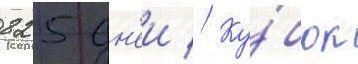
825 дн'еи // Ку́бок